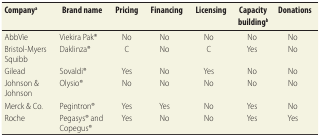
| Companya | Brand name | Pricing | Financing | Licensing | Capacity buildingb | Donations |
 | --- | --- | --- | --- | --- | --- | --- |
 | AbbVie | Viekira Pak® | No | No | No | No | No |
 | Bristol-Myers Squibb | Daklinza® | C | No | C | Yes | No |
 | Gilead | Sovaldi® | Yes | No | Yes | No | No |
 | Johnson & Johnson | Olysio® | No | No | No | No | No |
 | Merck & Co. | Pegintron® | Yes | Yes | No | Yes | No |
 | Roche | Pegasys® and Copegus® | Yes | No | No | Yes | Yes |